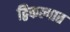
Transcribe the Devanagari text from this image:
द्विकल्पात